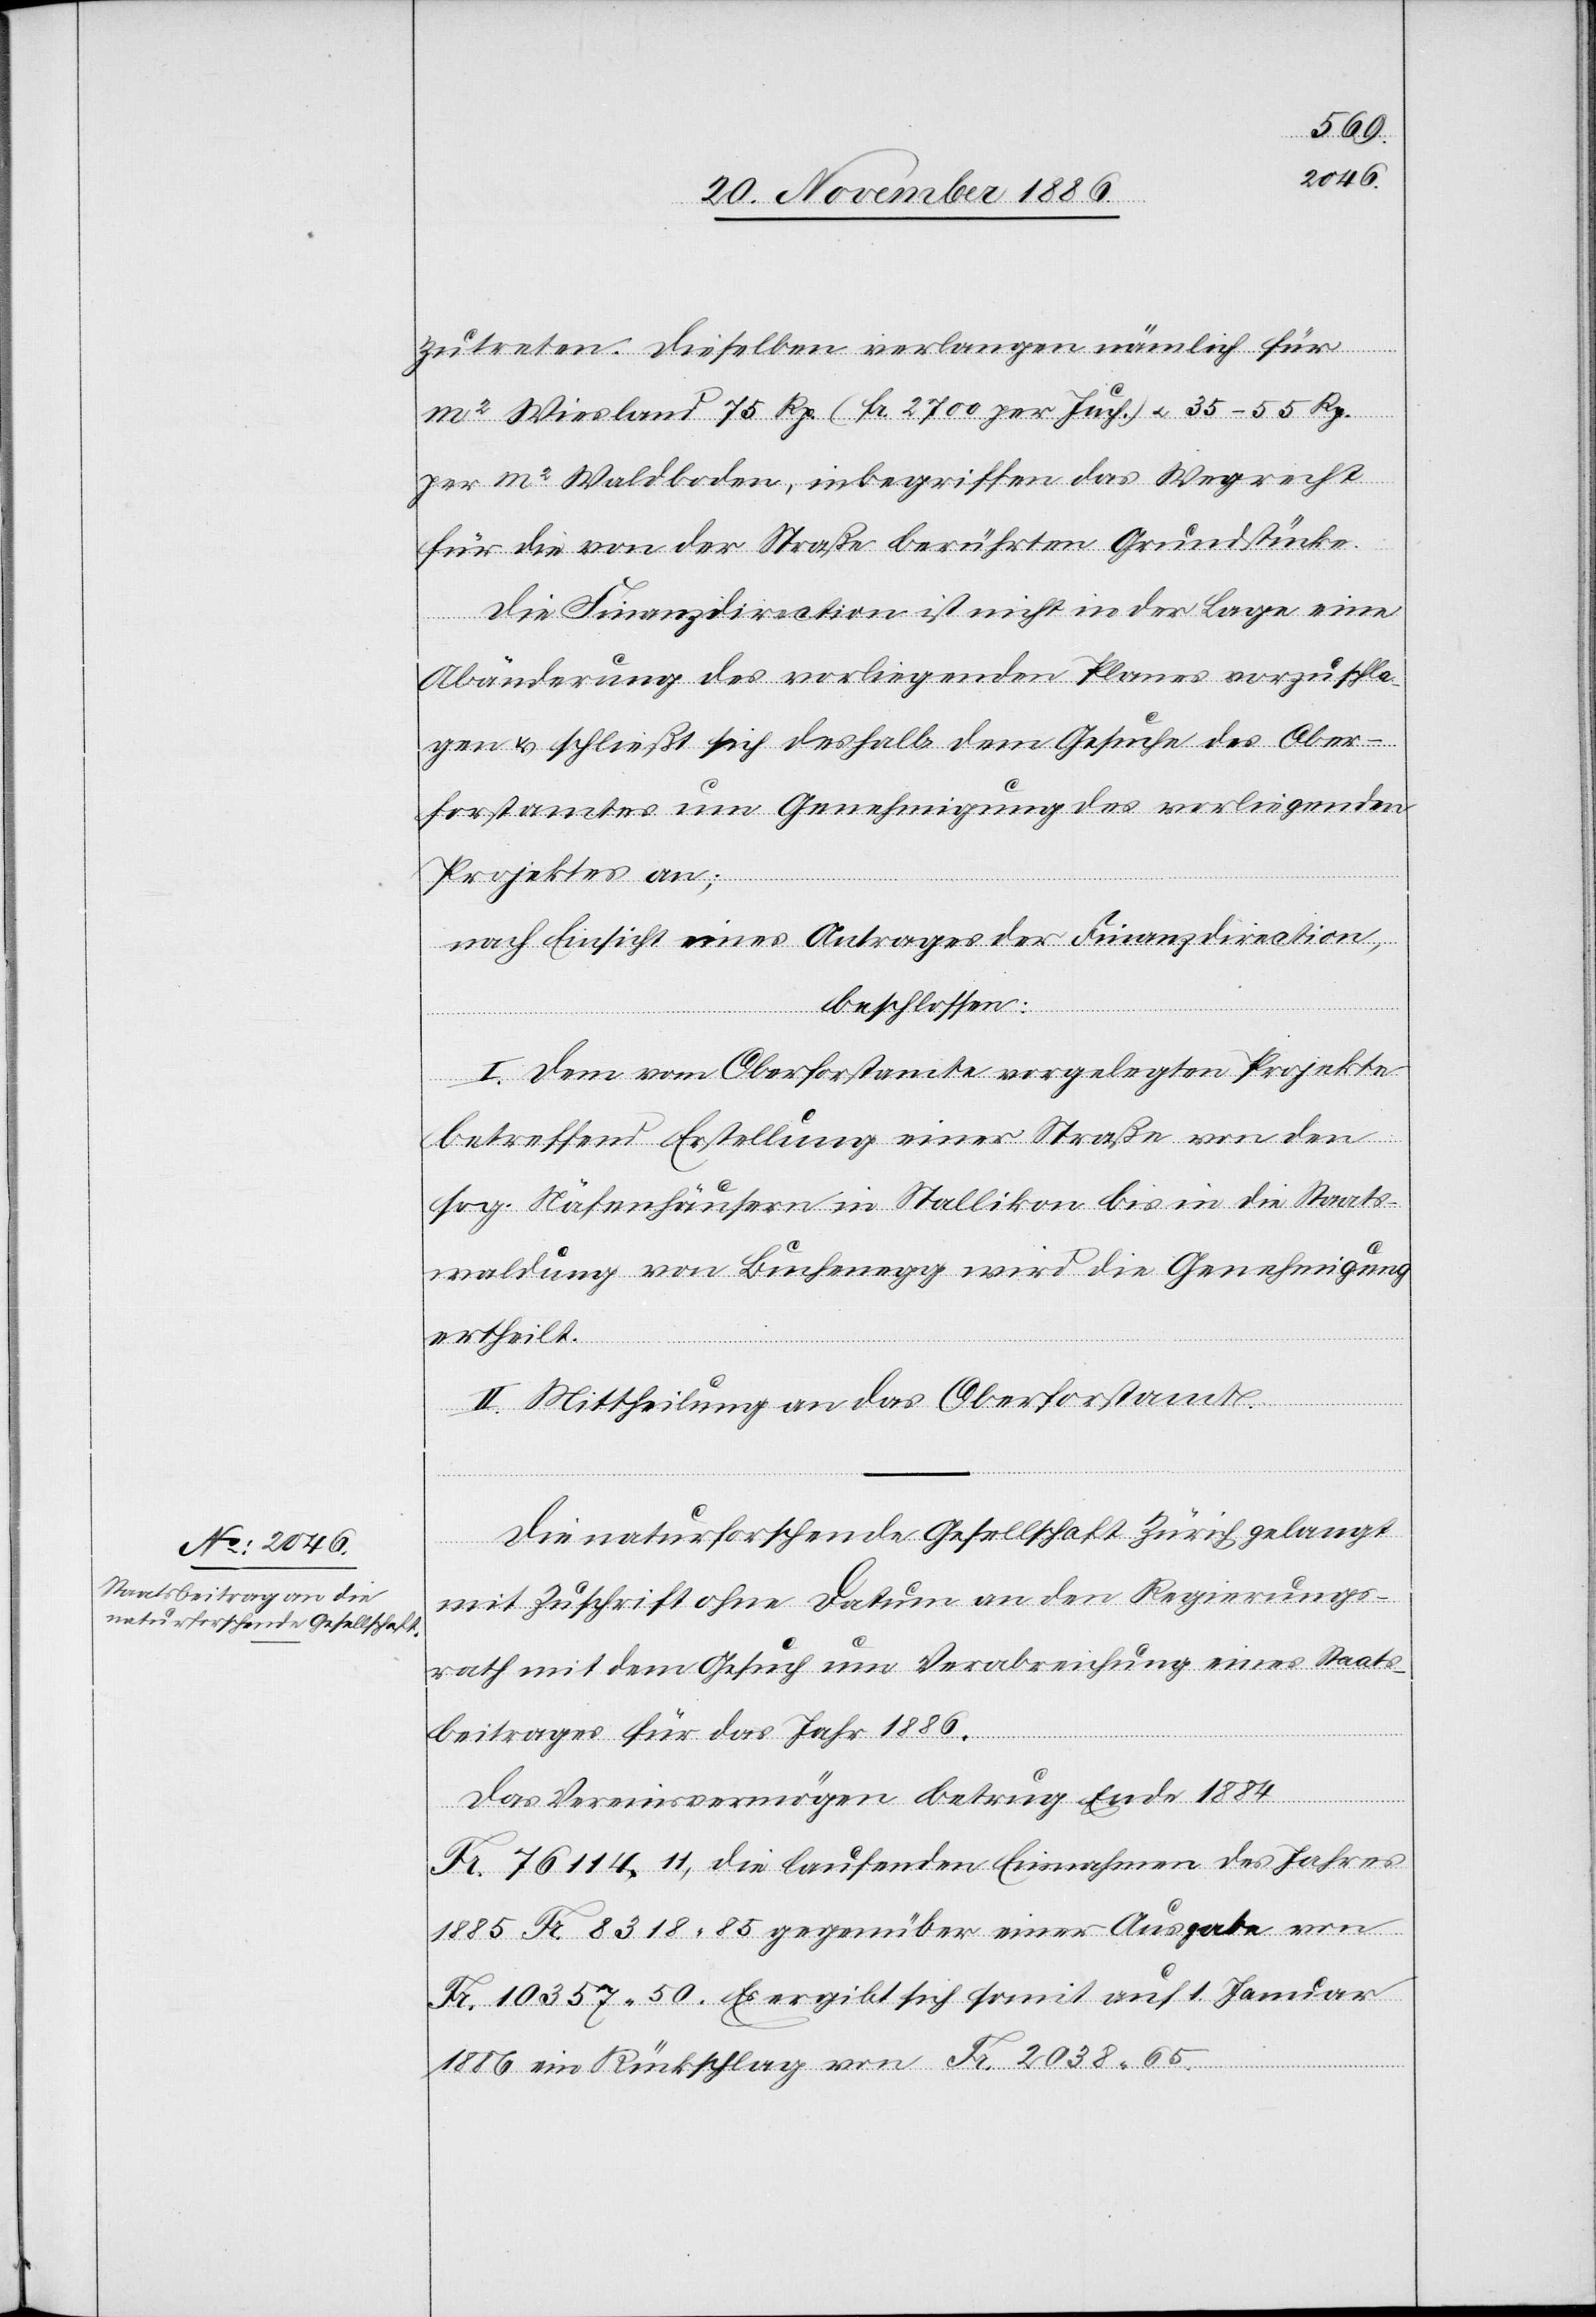
zutreten. Dieselben verlangen nämlich für
m2 Wiesland 75 Rp. (Fr. 2700 per Juch.) & 35–55 Rp.
per m2 Waldboden, inbegriffen das Wegrecht
für die von der Straße berührten Grundstücke.
Die Finanzdirection ist nicht in der Lage eine
Abänderung des vorliegenden Planes vorzuschla¬
gen & schließt sich deshalb dem Gesuche des Ober¬
forstamtes um Genehmigung des vorliegenden
Projektes an;
nach Einsicht eines Antrages der Finanzdirection,
beschlossen:
I. Dem vom Oberforstamte vorgelegten Projekte
betreffend Erstellung einer Straße von den
sog. Näfenhäusern in Stallikon bis in die Staats¬
waldung von Buchenegg wird die Genehmigung
ertheilt.
II. Mittheilung an das Oberforstamt.
Die naturforschende Gesellschaft Zürich gelangt
mit Zuschrift ohne Datum an den Regierungs¬
rath mit dem Gesuch um Verabreichung eines Staats¬
beitrages für das Jahr 1886.
Das Vereinsvermögen betrug Ende 1884
Fr. 76 114 11, die laufenden Einnahmen des Jahres
1885 Fr. 8318 85 gegenüber einer Ausgabe von
Fr. 10 357 50. Es ergibt sich somit auf 1. Januar
1886 ein Rückschlag von Fr. 2038 65.